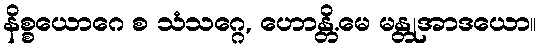
နိစ္စယောဂေ စ သံသဂ္ဂေ, ဟောန္တိ.မေ မန္တုအာဒယော။